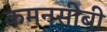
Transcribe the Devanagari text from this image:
कमनसीबी